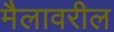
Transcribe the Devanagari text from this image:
मैलावरील